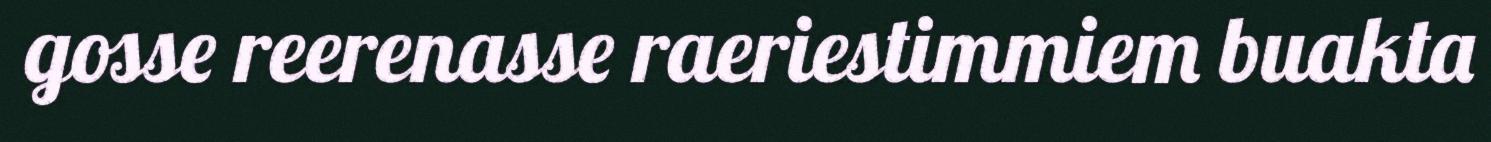
gosse reerenasse raeriestimmiem buakta